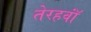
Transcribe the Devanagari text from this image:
तेरहवॉं